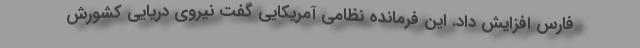
فارس افزایش داد. این فرمانده نظامی آمریکایی گفت نیروی دریایی کشورش